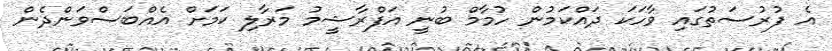
އެ ފުރުސަތުގައި ވާހަކަ ދައްކަމުން ހުމާމް ބުނީ އަފްރާޝީމު މަރާލި ކަމަށް އެއްބަސްވަންދެން